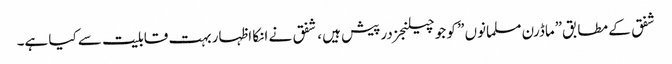
شفق کے مطابق”ماڈرن مسلمانوں ” کو جو چیلنجز درپیش ہیں ، شفق نے انکا اظہار بہت قابلیت سے کیا ہے۔